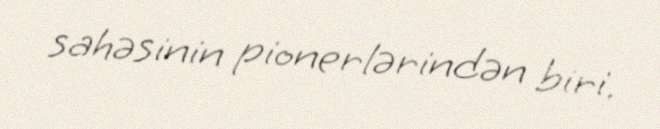
sahəsinin pionerlərindən biri.